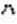
^